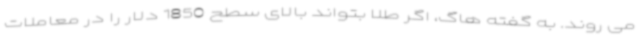
می روند. به گفته هاگ، اگر طلا بتواند بالای سطح 1850 دلار را در معاملات